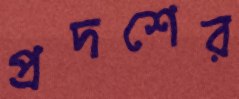
প্রদশের